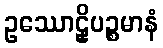
ဥဿောဠှိပဉ္စမာနံ